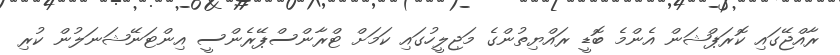
ރާއްޖޭގައި ކޮރަޕްޝަން އެންމެ ބޮޑީ ރައްޔިތުންގެ މަޖިލީހުގައި ކަމަށް ޓްރާންސްޕޭރެންސީ އިންޓަނޭޝަނަލުން ކުރި